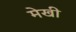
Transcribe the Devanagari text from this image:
मेखी